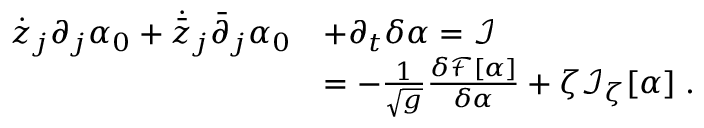
\begin{array} { r l } { { \dot { z } } _ { j } \partial _ { j } \alpha _ { 0 } + { \dot { \bar { z } } } _ { j } { \bar { \partial } } _ { j } \alpha _ { 0 } } & { + \partial _ { t } \delta \alpha = \mathcal I } \\ & { = - \frac { 1 } { \sqrt { g } } \frac { \delta { \mathcal F } [ \alpha ] } { \delta \alpha } + \zeta \mathcal I _ { \zeta } [ \alpha ] \; . } \end{array}